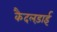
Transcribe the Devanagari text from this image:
कैदलड़ाई